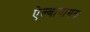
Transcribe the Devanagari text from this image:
ऐल्बानामक